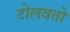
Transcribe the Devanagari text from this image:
टोलवतो